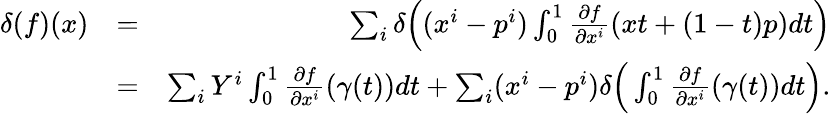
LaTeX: \begin{array}{rlr}{\delta(f)(x)}&{=}&{\sum_{i}\delta\Big((x^{i}-p^{i})\int_{0}^{1}\frac{\partial f}{\partial x^{i}}(xt+(1-t)p)dt\Big)}\\ &{=}&{\sum_{i}Y^{i}\int_{0}^{1}\frac{\partial f}{\partial x^{i}}(\gamma(t))dt+\sum_{i}(x^{i}-p^{i})\delta\Big(\int_{0}^{1}\frac{\partial f}{\partial x^{i}}(\gamma(t))dt\Big).}\end{array}